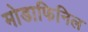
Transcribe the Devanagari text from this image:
मोडाफिनिल